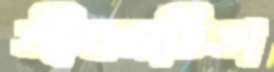
জীবনডিঙা